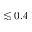
\lesssim 0 . 4